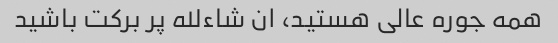
همه جوره عالی هستید، ان شاءلله پر برکت باشید